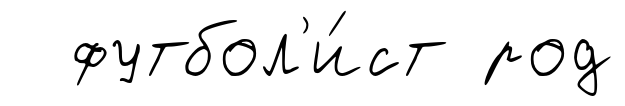
футбол'и́ст род